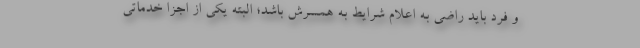
و فرد باید راضی به اعلام شرایط به همسرش باشد؛ البته یکی از اجزا خدماتی